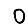
Digit: 0